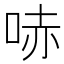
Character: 哧